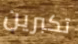
تكبرين